Annual administration and progress report of the Indian Medical Department, Bombay
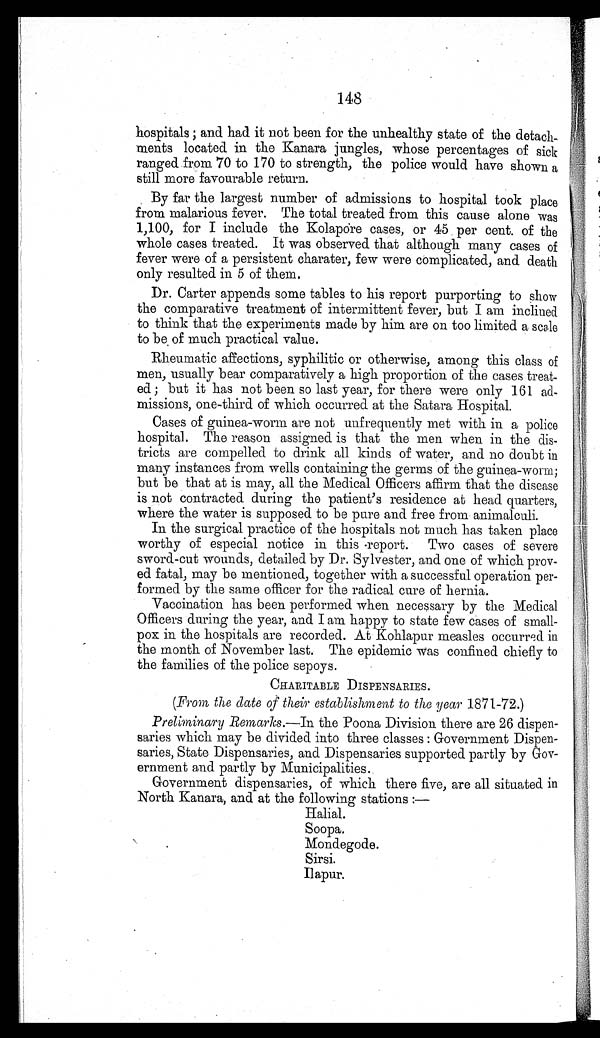
148
hospitals ; and had it not been for the unhealthy state of the detach
ments located in the Kanara jungles, whose percentages of sick
ranged from 70 to 170 to strength, the police would have shown a
still more favourable return.
By far the largest number of admissions to hospital took place
from malarious fever. The total treated from this cause alone was
1,100, for I include the Kolapore cases, or 45 per cent. of the
whole cases treated. It was observed that although many cases of
fever were of a persistent charater, few were complicated, and death
only resulted in 5 of them.
Dr. Carter appends some tables to his report purporting to show
the comparative treatment of intermittent fever, but I am inclined
to think that the experiments made by him are on too limited a scale
to be of much practical value.
Rheumatic affections, syphilitic or otherwise, among this class of
men, usually bear comparatively a high proportion of the cases treat-
ed ; but it has not been so last year, for there were only 161 ad-
missions, one-third of which occurred at the Satara Hospital.
Cases of guinea-worm are not unfrequently met with in a police
hospital. The reason assigned is that the men when in the dis-
tricts are compelled to drink all kinds of water, and no doubt in
many instances from wells containing the germs of the guinea-worm;
but be that at is may, all the Medical Officers affirm that the disease
is not contracted during the patient's residence at head quarters,
where the water is supposed to be pure and free from animalculi.
In the surgical practice of the hospitals not much has taken place
worthy of especial notice in this report. Two cases of severe
sword-cut wounds, detailed by Dr. Sylvester, and one of which prov-
ed fatal, may be mentioned, together with a successful operation per-
formed by the same officer for the radical cure of hernia.
Vaccination has been performed when necessary by the Medical
Officers during the year, and I am happy to state few cases of small-
-pox in the hospitals are recorded. At Kohlapur measles occurred
in the month of November last. The epidemic was confined chiefly to
the families of the police sepoys.
CHARITABLE DISPENSARIES.
(From the date of their establishment to the year 1871-72.)
Preliminary Remarks.— In the Poona Division there are 26 dispen-
saries which may be divided into three classes : Government Dispen-
saries, State Dispensaries, and Dispensaries supported partly by Gov
ernment and partly by Municipalities.
Government dispensaries, of which there five, are all situated in
North Kanara, and at the following stations :—
Halial.
Soopa.
Mondegode.
Sirsi.
Ilapur.